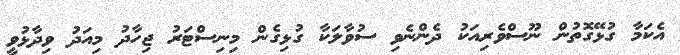
އެކަމާ ގުޅޭގޮތުން ނޫސްވެރިއަކު ދެންނެވި ސުވާލަކާ ގުޅިގެން މިނިސްޓަރު ޖިހާދު މިއަދު ވިދާޅުވީ